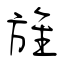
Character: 旌